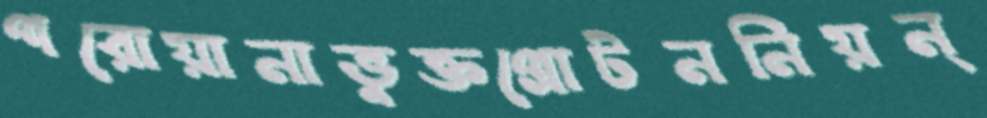
পরোয়ানাভুক্তপ্রোটননিয়ন্